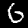
Label: 6